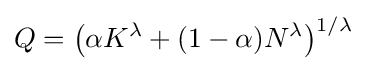
Q={\big (}\alpha K^{\lambda }+(1-\alpha )N^{\lambda }{\big )}^{1/\lambda }